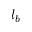
l _ { b }